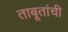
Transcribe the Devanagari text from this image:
ताबूतांची